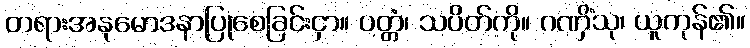
တရားအနုမောဒနာပြုစေခြင်းငှာ။ ပတ္တံ၊ သပိတ်ကို။ ဂဏှိံသု၊ ယူကုန်၏။